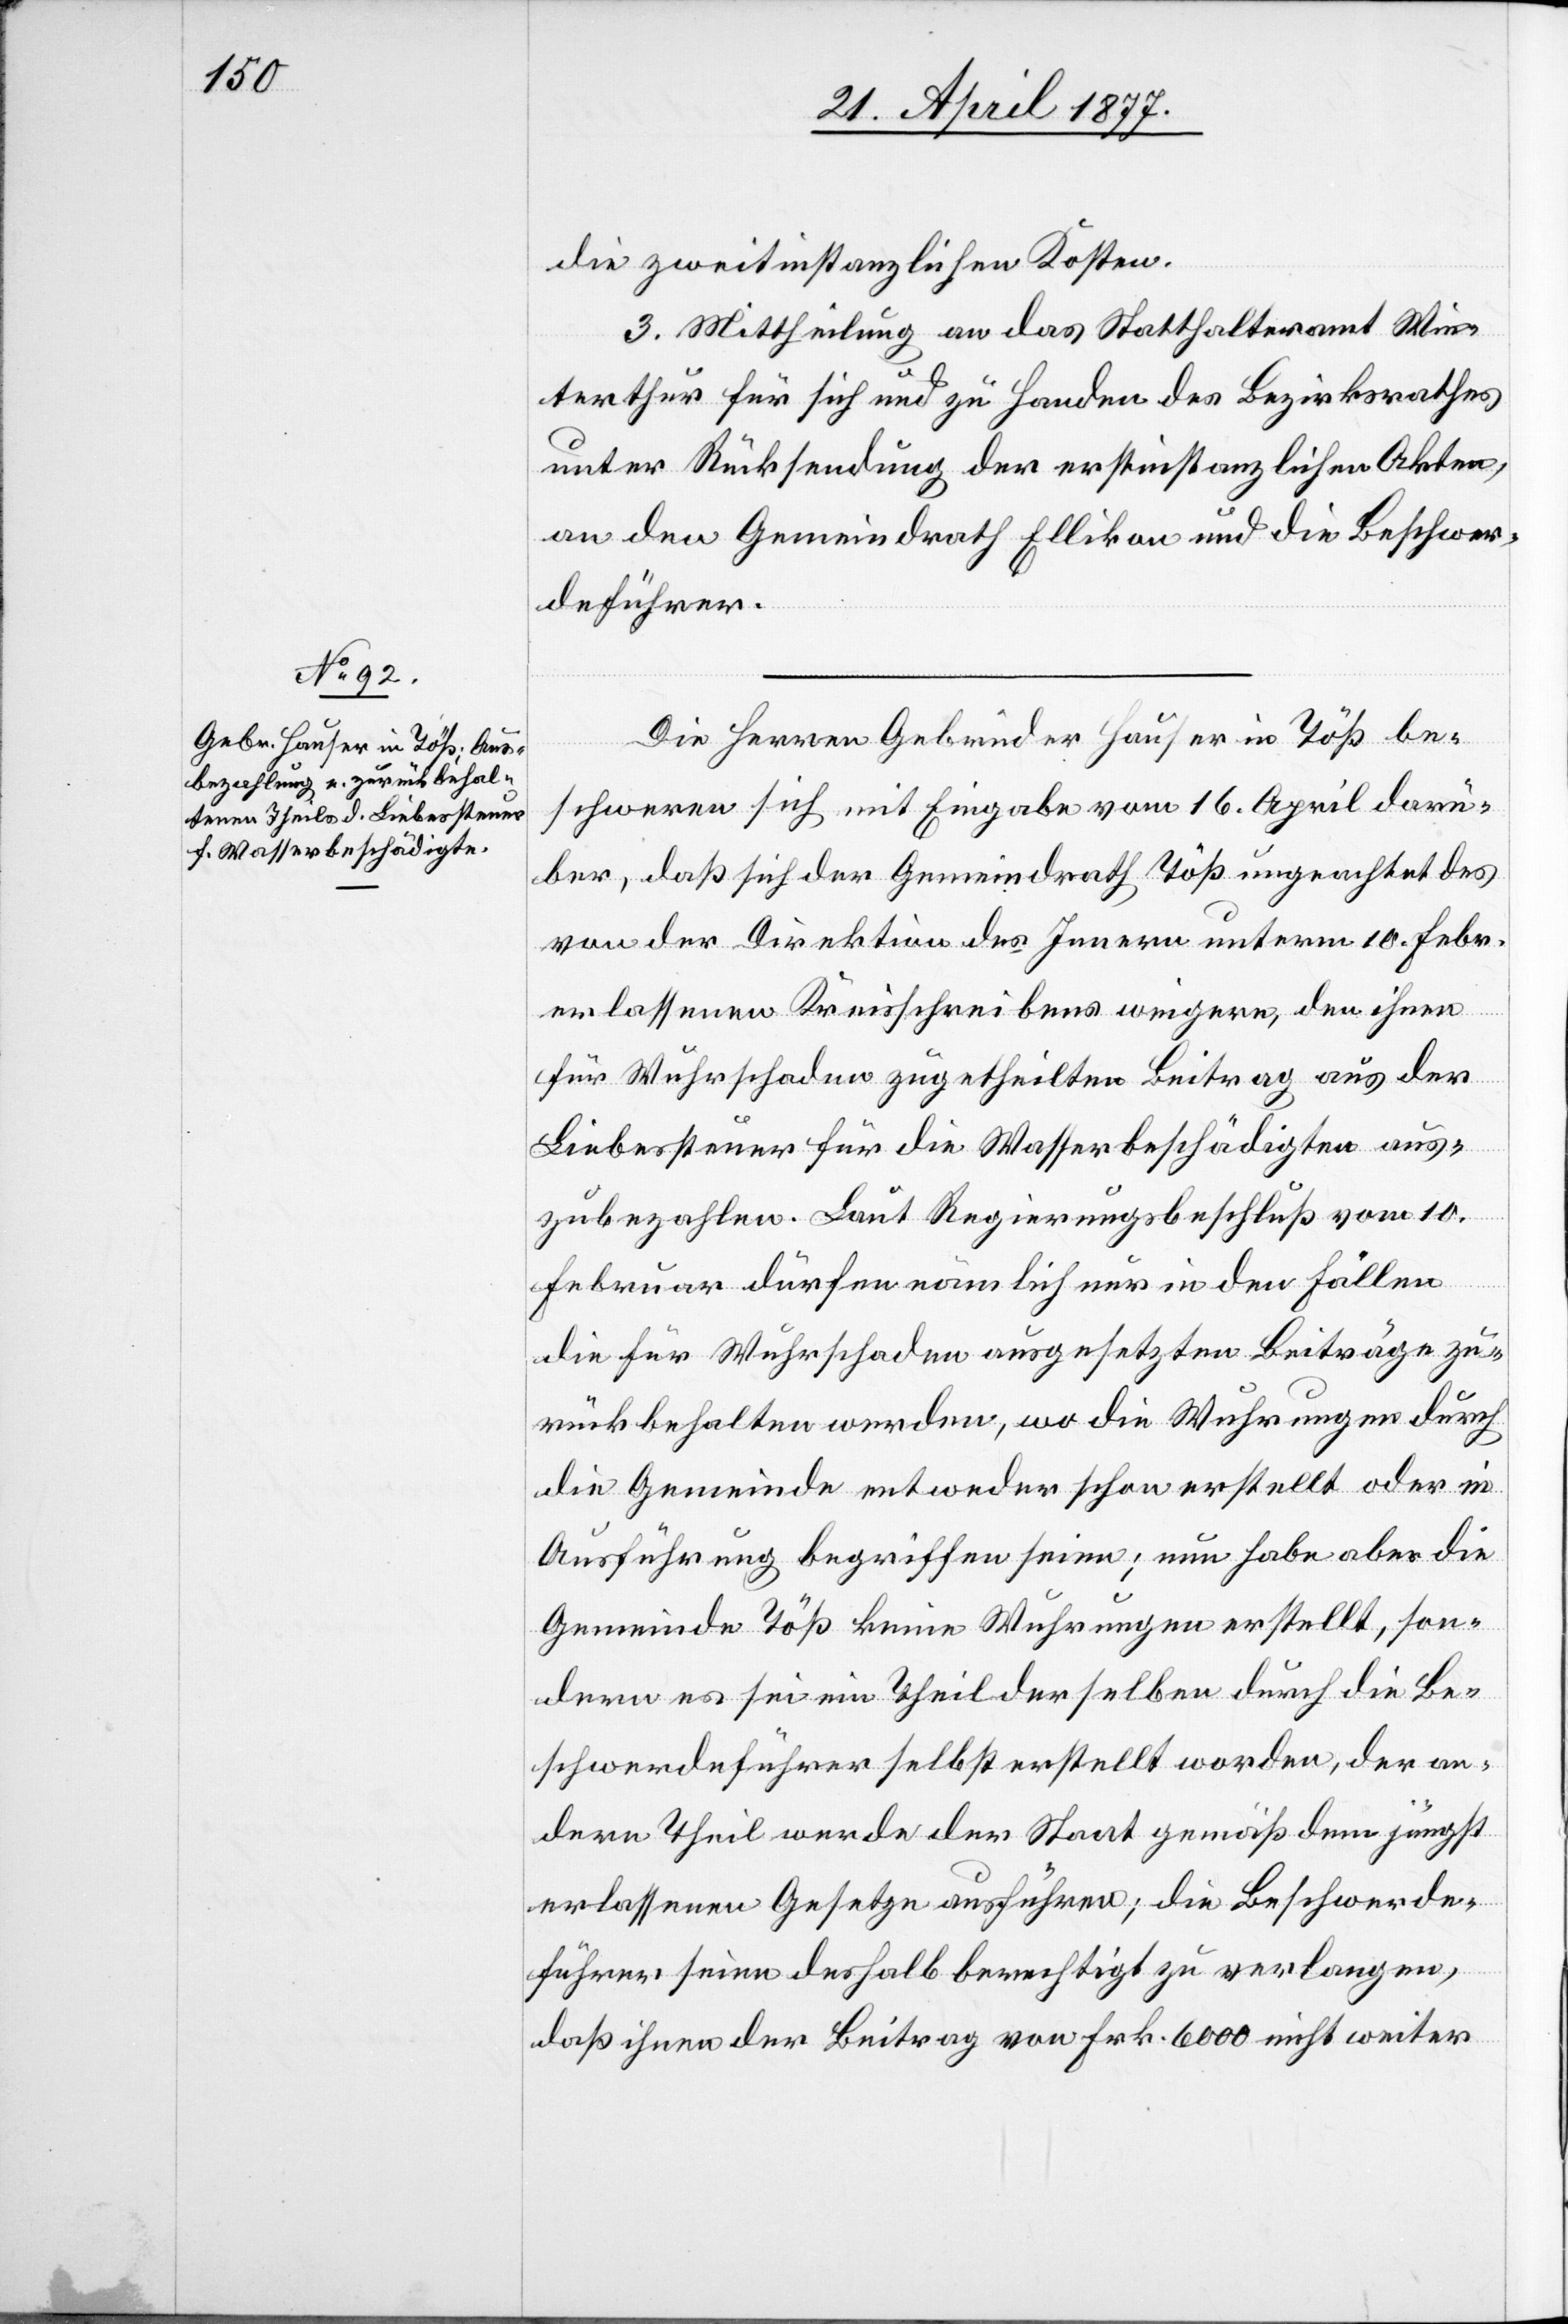
die zweitinstanzlichen Kosten.
3. Mittheilung an das Statthalteramt Win¬
terthur für sich und zu Handen des Bezirksrathes
unter Rücksendung der erstinstanzlichen Akten,
an den Gemeindrath Ellikon und die Beschwer¬
deführer.
Die Herren Gebrüder Hauser in Töß be¬
schweren sich mit Eingabe vom 16. April darü¬
ber, daß sich der Gemeindrath Töß ungeachtet des
von der Direktion des Innern unterm 10. Febr.
erlassenen Kreisschreibens weigere, den ihnen
für Wuhrschaden zugetheilten Beitrag aus der
Liebessteuer für die Wasserbeschädigten aus¬
zubezahlen. Laut Regierungsbeschluß vom 10.
Februar dürfen nämlich nur in den Fällen
die für Wuhrschaden ausgesetzten Beiträge zu¬
rückbehalten werden, wo die Wuhrungen durch
die Gemeinde entweder schon erstellt oder in
Ausführung begriffen seien; nun habe aber die
Gemeinde Töß keine Wuhrungen erstellt, son¬
dern es sei ein Theil derselben durch die Be¬
schwerdeführer selbst erstellt worden, der an¬
dere Theil werde der Staat gemäß dem jüngst
erlassenen Gesetze ausführen; die Beschwerde¬
führer seien deshalb berechtigt zu verlangen,
daß ihnen der Beitrag von Frk. 6000 nicht weiter